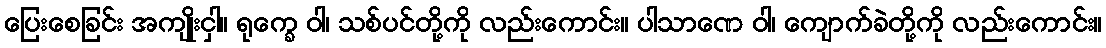
ပြေးစေခြင်း အကျိုးငှါ။ ရုက္ခေ ဝါ၊ သစ်ပင်တို့ကို လည်းကောင်း။ ပါသာဏေ ဝါ၊ ကျောက်ခဲတို့ကို လည်းကောင်း။